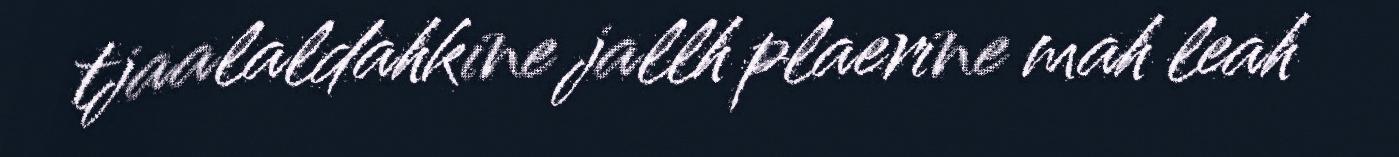
tjaalaldahkine jallh plaerine mah leah